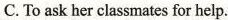
C.Toask her classmates for help.